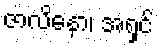
ဇာလိနော၊ အရှင်